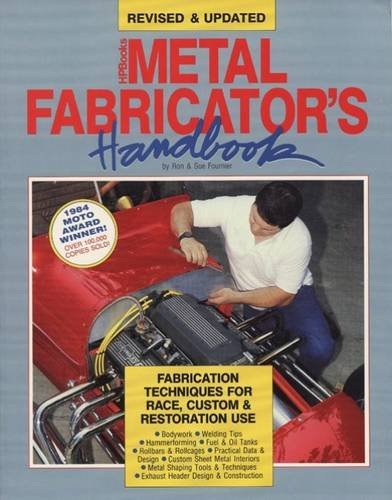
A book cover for Metal Fabricator's Handbook; Ron Fournier; Engineering & Transportation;